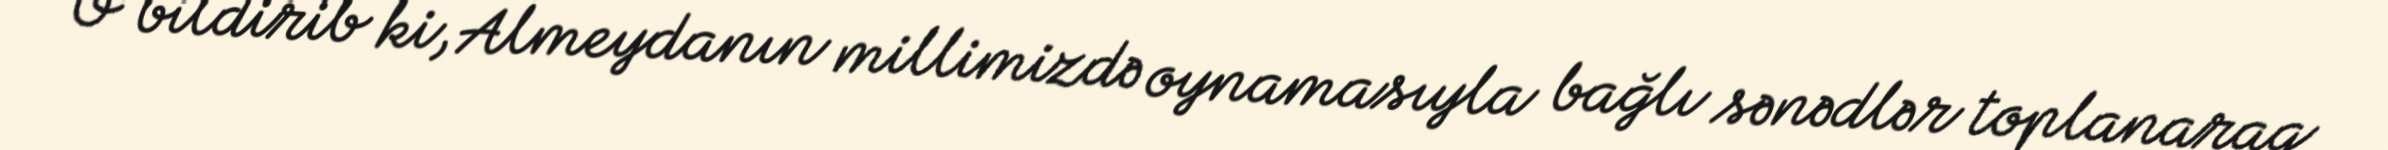
O bildirib ki, Almeydanın millimizdə oynamasıyla bağlı sənədlər toplanaraq